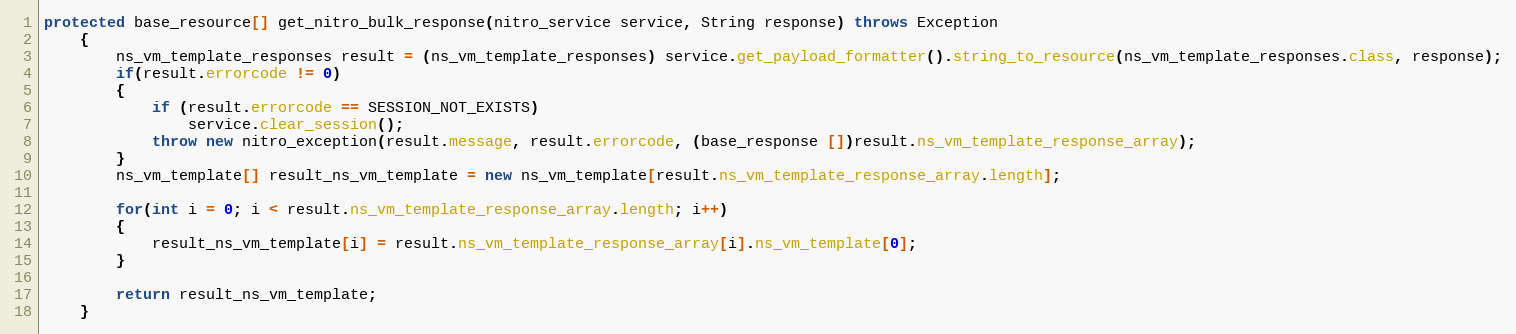
Language: Java
protected base_resource[] get_nitro_bulk_response(nitro_service service, String response) throws Exception
	{
		ns_vm_template_responses result = (ns_vm_template_responses) service.get_payload_formatter().string_to_resource(ns_vm_template_responses.class, response);
		if(result.errorcode != 0)
		{
			if (result.errorcode == SESSION_NOT_EXISTS)
				service.clear_session();
			throw new nitro_exception(result.message, result.errorcode, (base_response [])result.ns_vm_template_response_array);
		}
		ns_vm_template[] result_ns_vm_template = new ns_vm_template[result.ns_vm_template_response_array.length];

		for(int i = 0; i < result.ns_vm_template_response_array.length; i++)
		{
			result_ns_vm_template[i] = result.ns_vm_template_response_array[i].ns_vm_template[0];
		}

		return result_ns_vm_template;
	}